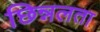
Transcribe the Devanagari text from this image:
छिन्नलता